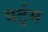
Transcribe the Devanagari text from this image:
बर्ट्रम